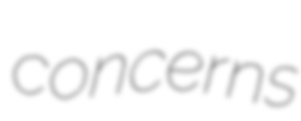
concerns